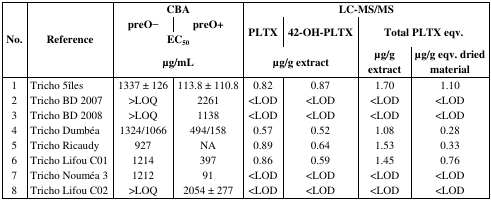
<table><thead><tr><td rowspan="3"><b>No.</b></td><td rowspan="3"><b>Reference</b></td><td colspan="2"><b>CBA</b></td><td colspan="4"><b>LC-MS/MS</b></td></tr><tr><td><b>preO−</b></td><td><b>preO+</b></td><td><b>PLTX</b></td><td><b>42-OH-PLTX</b></td><td colspan="2"><b>Total PLTX eqv.</b></td></tr><tr><td colspan="2"><b>EC<sub>50</sub>μg/mL</b></td><td colspan="2"><b>μg/g extract</b></td><td><b>μg/g extract</b></td><td><b>μg/g eqv. dried material</b></td></tr></thead><tbody><tr><td>1</td><td>Tricho 5îles</td><td>1337 ± 126</td><td>113.8 ± 110.8</td><td>0.82</td><td>0.87</td><td>1.70</td><td>1.10</td></tr><tr><td>2</td><td>Tricho BD 2007</td><td>&gt;LOQ</td><td>2261</td><td>&lt;LOD</td><td>&lt;LOD</td><td>&lt;LOD</td><td>&lt;LOD</td></tr><tr><td>3</td><td>Tricho BD 2008</td><td>&gt;LOQ</td><td>1138</td><td>&lt;LOD</td><td>&lt;LOD</td><td>&lt;LOD</td><td>&lt;LOD</td></tr><tr><td>4</td><td>Tricho Dumbéa</td><td>1324/1066</td><td>494/158</td><td>0.57</td><td>0.52</td><td>1.08</td><td>0.28</td></tr><tr><td>5</td><td>Tricho Ricaudy</td><td>927</td><td>NA</td><td>0.89</td><td>0.64</td><td>1.53</td><td>0.33</td></tr><tr><td>6</td><td>Tricho Lifou C01</td><td>1214</td><td>397</td><td>0.86</td><td>0.59</td><td>1.45</td><td>0.76</td></tr><tr><td>7</td><td>Tricho Nouméa 3</td><td>1212</td><td>91</td><td>&lt;LOD</td><td>&lt;LOD</td><td>&lt;LOD</td><td>&lt;LOD</td></tr><tr><td>8</td><td>Tricho Lifou C02</td><td>&gt;LOQ</td><td>2054 ± 277</td><td>&lt;LOD</td><td>&lt;LOD</td><td>&lt;LOD</td><td>&lt;LOD</td></tr></tbody></table>